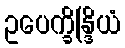
ဥပေက္ခိန္ဒြိယံ